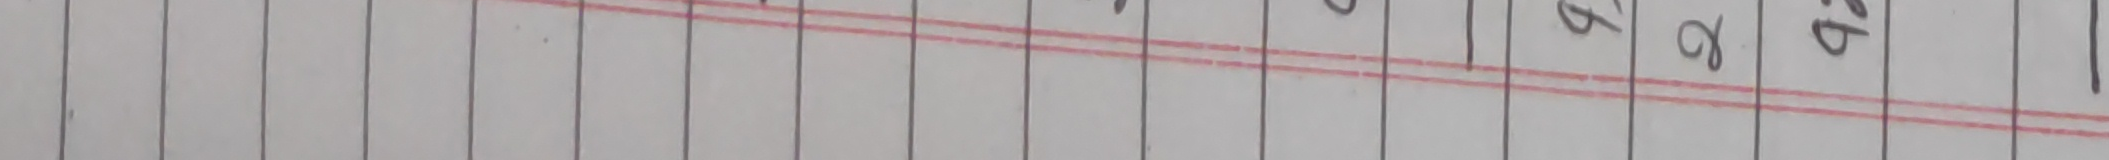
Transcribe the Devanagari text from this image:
९ ख ग घ ङ च छ ज झ ञ ट ठ ड ढ ण त थ द ध न प फ ब भ म य र ल व श ष स ह क्ष त्र ज्ञ